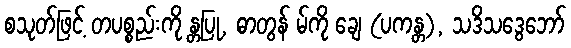
စသုတ်ဖြင့် တပစ္စည်းကို န္တပြု, ဓာတွန် မ်ကို ချေ (ပကန္တ), သဒိသဒွေဘော်